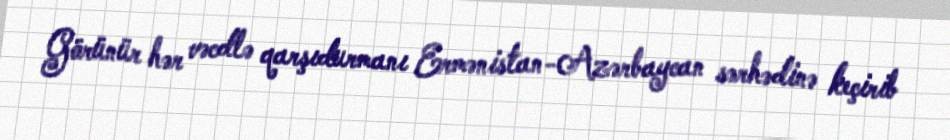
Görünür hər vəcdlə qarşıdurmanı Ermənistan-Azərbaycan sərhədinə keçirib